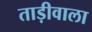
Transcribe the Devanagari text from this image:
ताड़ीवाला